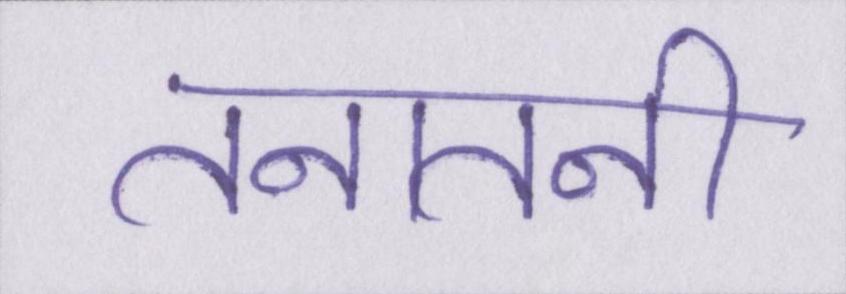
तनातनी